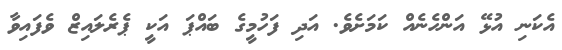
އެކަނި އުޅޭ އަންހެނެއް ކަމަށެވެ. އަދި ފަހުމީގެ ބައްޕަ އަކީ ޕެރެލައިޒް ވެފައިވާ